Annual report of the Imperial Bacteriologist
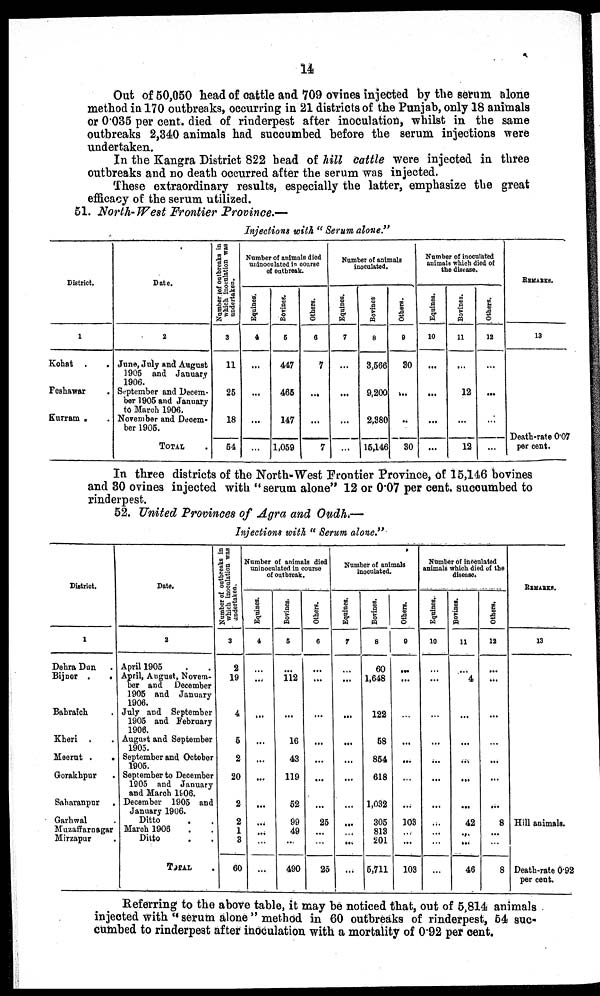
14
Out of 50,050 head of cattle and 709 ovines injected by the serum alone
method in 170 outbreaks, occurring in 21 districts of the Punjab, only 18 animals
or 0.035 per cent. died of rinderpest after inoculation, whilst in the same
outbreaks 2,340 animals had succumbed before the serum injections were
undertaken.
In the Kangra District 822 head of hill cattle were injected in three
outbreaks and no death occurred after the serum was injected.
These extraordinary results, especially the latter, emphasize the great
efficacy of the serum utilized.
51. North-West Frontier Province.—
Injections with " Serum alone."
District.
1
Kohat .
.
Peshawar
Kurram .
Date.
2
June, July and August
1905 and January
1906.
September and Decem-
ber 1905 and January
to March 1906.
November and Decem-
ber 1905.
TOTAL
Number of outbreaks in
which inoculation was
undertaken.
3
11
25
18
54
Number of animals died
uninoculated in course
of outbreak
Equines.
4
...
...
...
Bovines.
5
447
465
147
1,059
Others.
6
7
...
...
7
Number of animals
inoculated.
Equines.
7
...
...
...
...
Bovines.
8
3,566
9,200
2,380
15,146
Others.
9
30
...
...
30
Number of inoculated
animals which died of
the disease.
Equines.
10
...
...
...
...
Bovines.
11
...
12
...
12
Others.
12
...
...
...
...
REMARKS.
13
Death-rate 0.07
per cent.
In three districts of the North-West Frontier Province, of 15,146 bovines
and 30 ovines injected with " serum alone" 12 or 0.07 per cent. succumbed to
rinderpest.
52. United Provinces of Agra and Oudh.—
Injections with " Serum alone."
District.
1
Dehra Dun .
Bijnor .
.
Bahraich .
Kheri . .
Meerut .
.
Gorakhpur .
Saharanpur .
Garhwal .
Muzaffarnagar
Mirzapur .
Date.
2
April 1905
April, August, Novem-
ber and December
1905 and January
1906.
July and September
1905 and February
1906.
August and September
1905.
September and October
1905.
September to December
1905 and January
and March 1906.
December 1905 and
January 1906.
Ditto . .
March 1906 . .
Ditto . .
TOTAL .
Number of outbreaks in
which inoculation was
undertaken.
3
2
19
4
5
2
20
2
2
1
3
60
Number of animals died
uninoculated in course
of outbreak.
Equines.
4
...
...
...
...
...
...
...
...
...
Bovines.
5
....
112
...
16
43
119
52
99
49
...
490
Others.
6
...
...
...
...
...
...
...
25
...
...
25
Number of animals
inoculated.
Equines.
7
...
...
...
...
...
...
...
...
...
...
...
Bovines.
8
60
1,648
122
58
854
618
1,032
305
813
201
5,711
Others.
9
..
...
...
...
...
...
...
103
...
...
103
Number of inoculated
animals' which died of the
disease.
Equines..
10
...
...
...
...
...
....
...
...
...
...
...
Bovines.
11
...
4
...
...
...
...
...
42
...
...
46
Others.
12
...
...
...
...
...
...
...
8
...
...
8
REMARKS.
13
Hill animals.
Death-rate 0.92
per cent.
Referring to the above table, it may be noticed that, out of 5,814 animals
injected with "serum alone " method in 60 outbreaks of rinderpest, 54 suc-
cumbed to rinderpest after inoculation with a mortality of 0.92 per cent.